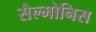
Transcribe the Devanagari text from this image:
सैल्मोनिस